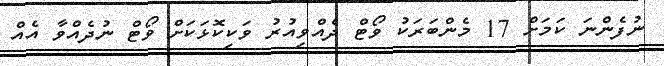
ނުފެންނަ ކަމަށް 17 މެންބަރަކު ވޯޓް ދެއްވިއުރު ވަކިކޮޅަކަށް ވޯޓް ނުދެއްވާ އެއް